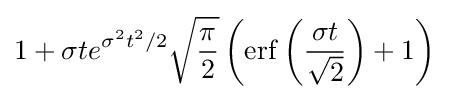
1+\sigma te^{\sigma ^{2}t^{2}/2}{\sqrt {\frac {\pi }{2}}}\left(\operatorname {erf} \left({\frac {\sigma t}{\sqrt {2}}}\right)+1\right)